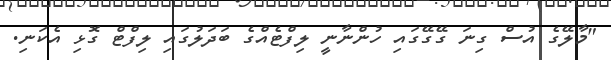
"މާލޭގެ އުސް ގިނަ ގޭގޭގައި ހުންނާނީ ލިފްޓެއްގެ ބަދަލުގައި ލިފްޓް ގޮޅި އެކަނި.